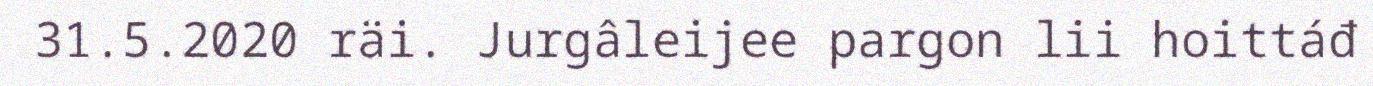
31.5.2020 räi. Jurgâleijee pargon lii hoittáđ